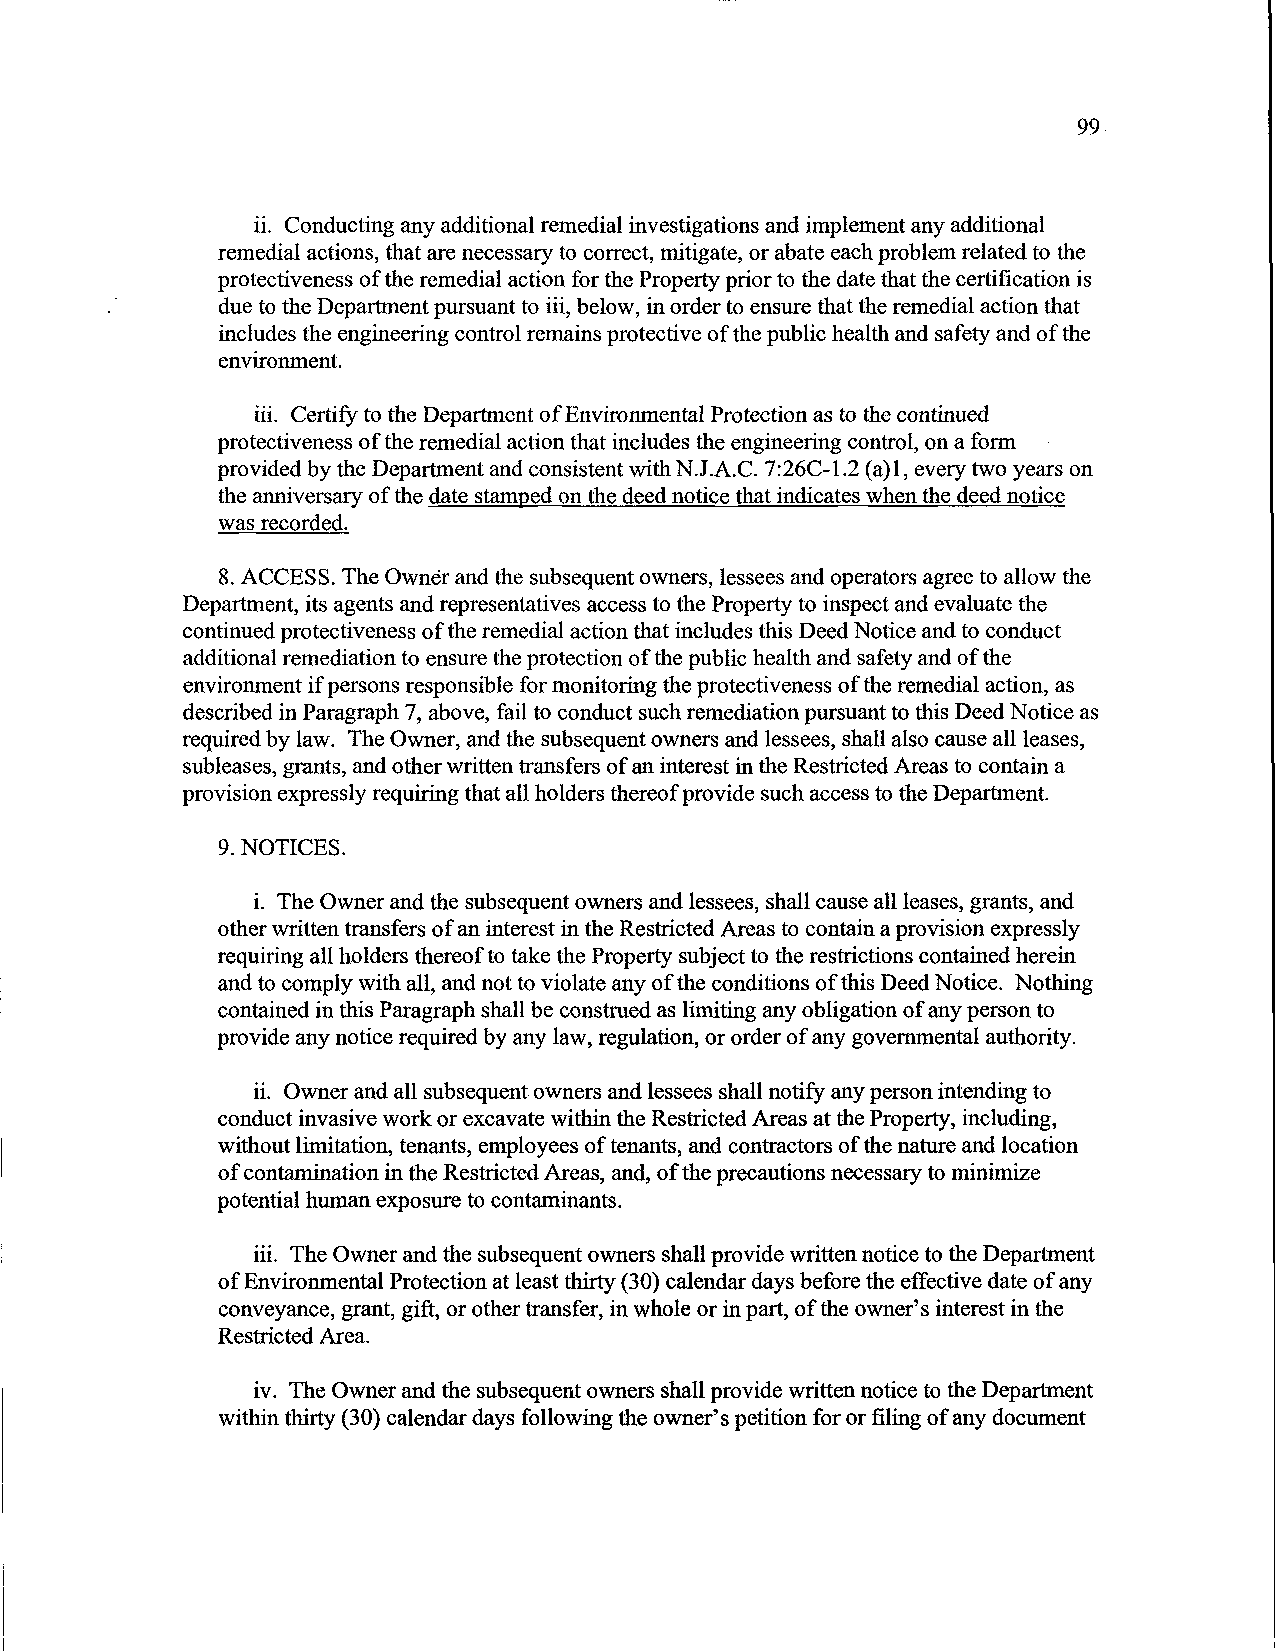
99
 ii. Conducting any additional remedial investigations and implement any additional
 remedial actions, that are necessary to correct, mitigate, or abate each problem related to the
 protectiveness of the remedial action for the Property prior to the date that the certifrcation is
 due to the Depattment pursuant to iii, below, in order to ensure that the remedial action that
 includes the engineering control remains protective of the public health and safety and of the
 environment.
 iii. Certify to the Department of Environmental Protection as to the continued
 protectiveness of the remedial action that includes the engineering control, on a form
 provided by the Department and consistent with N.J.A.C. 7:26C-1.2 (a)1, every two years on
 the anniversary of the date stamped on the deed notice that indicates when the deed notice
 was recorded.
 8.ACCESS. The Owner and the subsequent owners, lessees and operators agree to allow the
 Department, its agents and representatives access to the Property to inspect and evaluate the
 continued protectiveness of the remedial action that includes this Deed Notice and to conduct
 additional remediation to ensure the protection of the public health and safety and of the
 environment if persons responsible for monitoring the protectiveness of the remedial action, as
 described in Paragraph 7, above, fail to conduct such remediation pursuant to this Deed Notice as
 required by law. The Owner, and the subsequent owners and lessees, shall also cause all leases,
 subleases, grants, and other written transfers of an interest in the Restricted Areas to contain a
 provision expressly requiring that all holders thereof provide such access to the Department.
 9.NOTICES.
 i. The Owner and the subsequent owners and lessees, shall cause all leases, grants, and
 other written transfers of an interest in the Restricted Areas to contain a provision expressly
 requiring all holders thereof to take the Property subject to the restrictions contained herein
 and to comply with all, and not to violate any of the conditions of this Deed Notice. Nothing
 contained in this Paragraph shall be construed as limiting any obligation of any person to
 provide any notice required by any law, regulation, or order of any governmental authority.
 ii. Owner and all subsequent owners and lessees shall notify any person intending to
 conduct invasive work or excavate within the Restricted Areas at the Property, including,
 without limitation, tenants, employees of tenants, and contractors of the nature and location
 of contamination in the Restricted Areas, and, of the precautions necessary to minimize
 potential human exposure to contaminants.
 iii. The Owner and the subsequent owners shall provide written notice to the Department
 of Environmental Protection at least thirty (30) calendar days before the effective date of any
 conveyance, grant, gift, or other transfer, in whole or in part, of the owner's interest in the
 Restricted Area.
 iv. The Owner and the subsequent owners shall provide written notice to the Department
 within thirty (30) calendar days following the owner's petition for or filing of any document